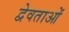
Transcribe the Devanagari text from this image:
द्वेवताओं